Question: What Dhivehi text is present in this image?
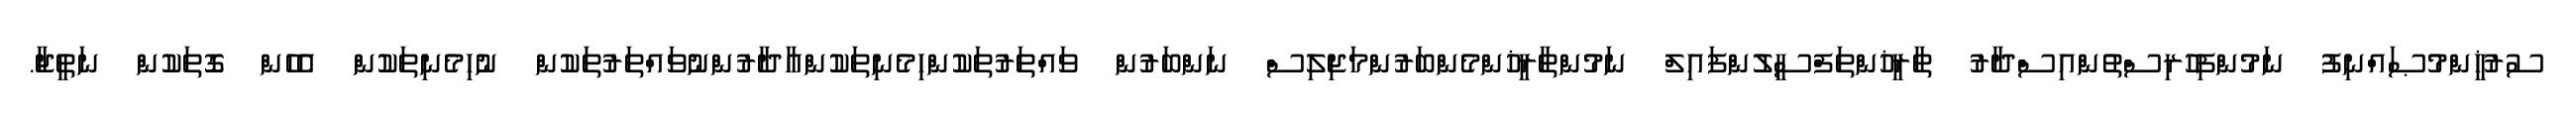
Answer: ސުރުޚީންމުޞައްނިފު ނަމުންފިހުރިސްތުންއިސްދާރު ތާރީޚުންތަފްސީލުންފައިލް ނަމުންތާރީޚުންމެންބަރުންމަޖިލިސް ނަންބަރުން ވައްތަރުތަކުންހިމެނިތަކުންއާދާރުންނުވައްތަރުތަކުން ނުހިމެނިތަކުން އެހެން ގޮތަކުން ނަތީޖާ.